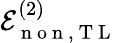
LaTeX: \mathcal{E}_{\mathrm{~n~o~n~},\mathrm{~T~L~}}^{(2)}